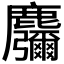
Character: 𱋂